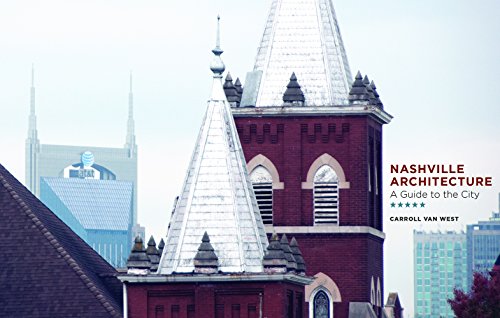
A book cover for Nashville Architecture: A Guide to the City; Carroll Van West; Arts & Photography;